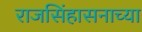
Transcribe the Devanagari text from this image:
राजसिंहासनाच्या